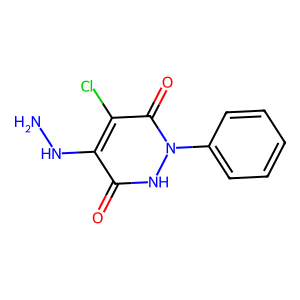
SMILES: NNc1c(Cl)c(=O)n(-c2ccccc2)[nH]c1=O
Inhibits HIV replication: No